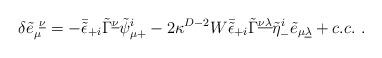
LaTeX: \begin{align*}\delta {\tilde e}_\mu^{\ \underline \nu} = -\bar{\tilde\epsilon}_{+i}\tilde \Gamma^{\underline \nu}\tilde\psi^i_{\mu +} -2 \kappa^{D-2}W\bar{\tilde\epsilon}_{+i}\tilde \Gamma^{\underline {\nu\lambda}}\tilde\eta^i_-\tilde e_{\mu\underline\lambda} + c.c.\ .\end{align*}